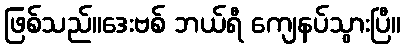
ဖြစ်သည်။ဒေးဗစ် ဘယ်ရီ ကျေနပ်သွားပြီ။